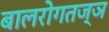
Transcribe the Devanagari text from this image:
बालरोगतज्ञ